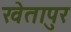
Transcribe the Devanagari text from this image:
खेतापुर